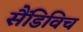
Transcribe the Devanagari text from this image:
सैंडिविच